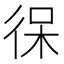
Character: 𰐯